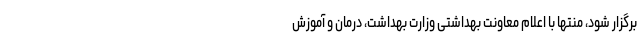
برگزار شود، منتها با اعلام معاونت بهداشتی وزارت بهداشت، درمان و آموزش